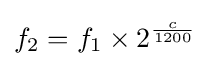
f_{2}=f_{1}\times 2^{\frac {c}{1200}}